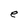
Character: e